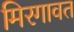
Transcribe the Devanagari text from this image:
मिरगावत